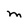
Character: M